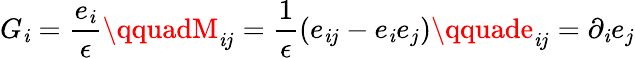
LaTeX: G_{\mathit{i}}=\frac{{e_{\mathit{i}}}}{\epsilon}\qquadM_{\mathit{i}j}=\frac{1}{\epsilon}(e_{\mathit{i}j}-e_{\mathit{i}}e_{j})\qquade_{\mathit{i}j}=\partial_{\mathit{i}}e_{j}